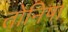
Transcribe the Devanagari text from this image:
तोनिषा